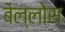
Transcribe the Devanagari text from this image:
बेल्लोस